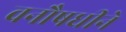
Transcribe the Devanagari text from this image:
वनौषधीने